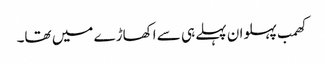
کھمب پہلوان پہلے ہی سے اکھاڑے میں تھا۔